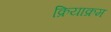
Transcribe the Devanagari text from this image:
क्रियाक्रम